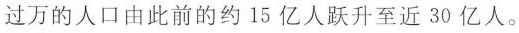
过万的人口由此前的约15亿人跃升至近30亿人。